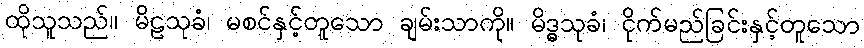
ထိုသူသည်။ မိဠသုခံ၊ မစင်နှင့်တူသော ချမ်းသာကို။ မိဒ္ဓသုခံ၊ ငိုက်မည်ခြင်းနှင့်တူသော